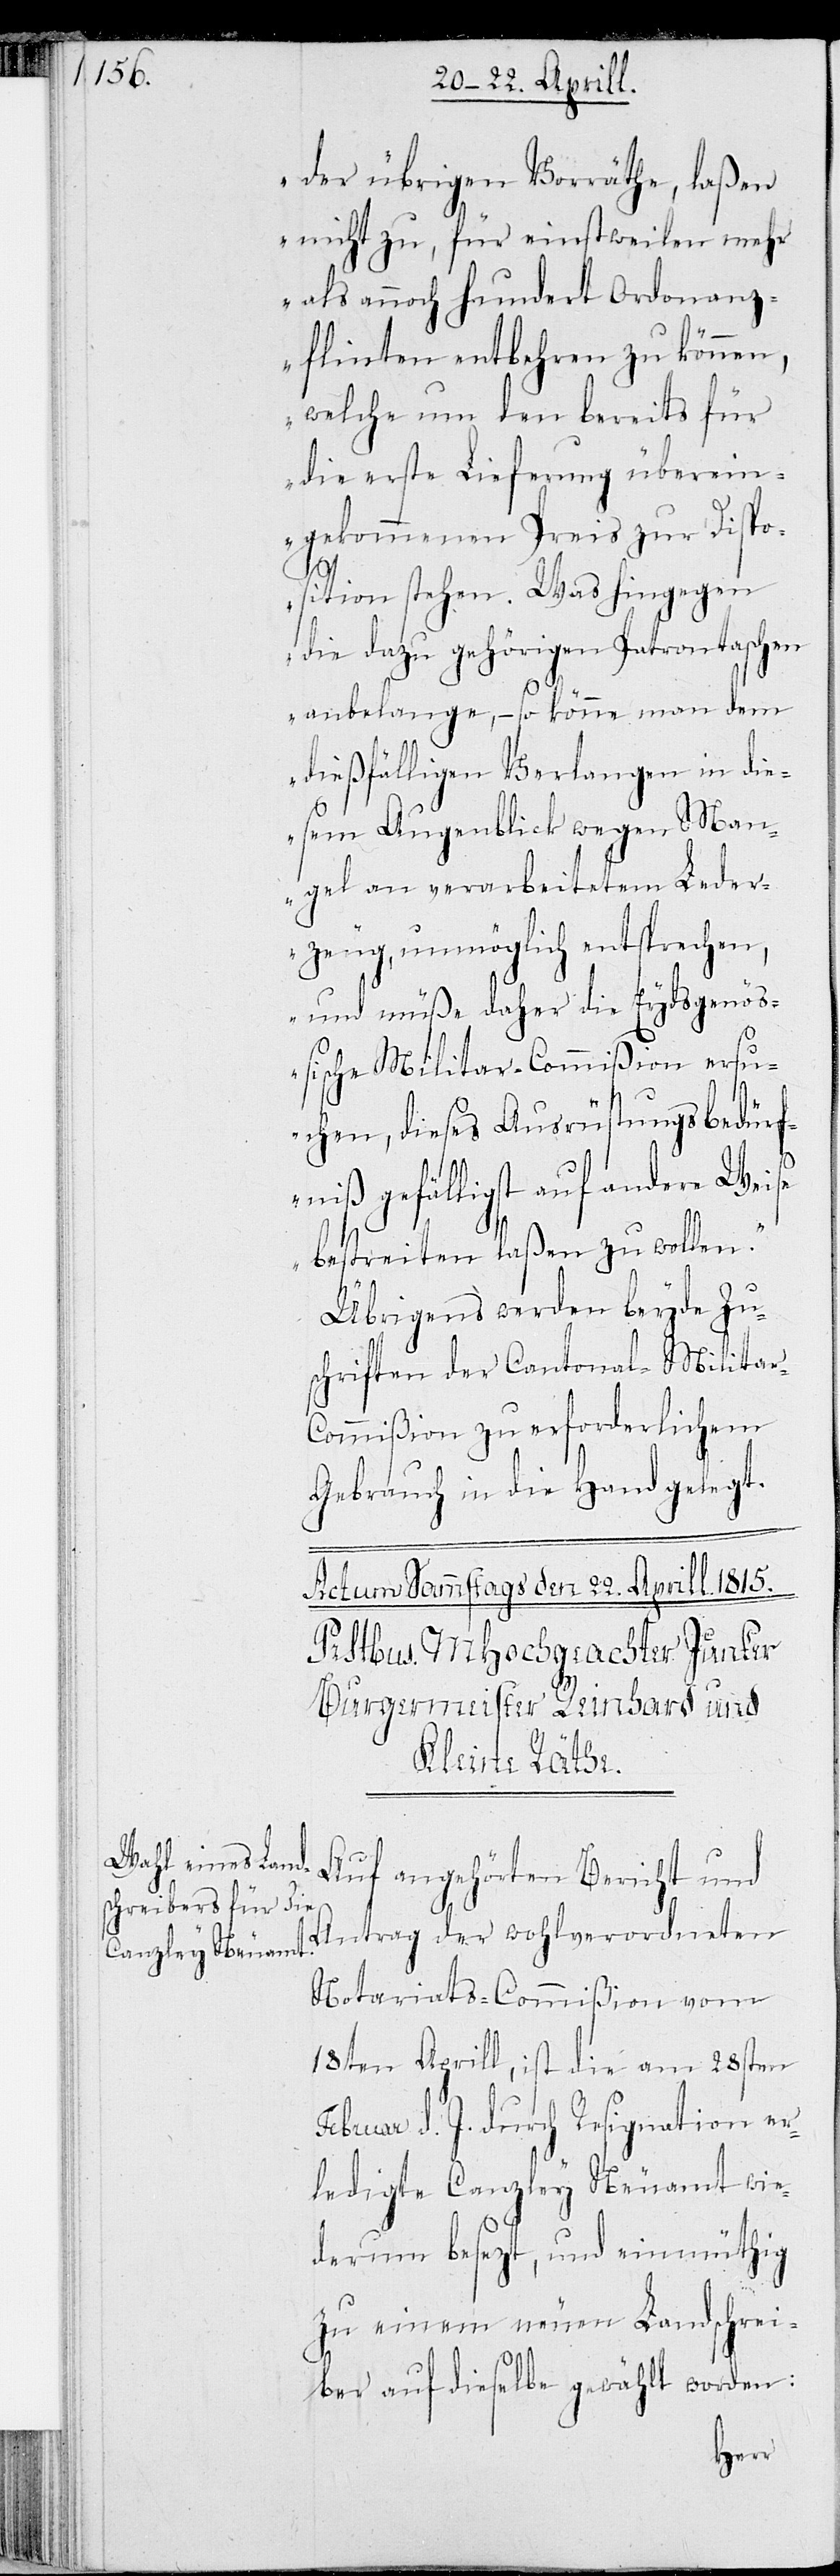
der übrigen Vorräthe, laßen
nicht zu, für einstweilen mehr
als annoch hundert Ordonanz¬
flinten entbehren zu können,
welche um den bereits für
die erste Lieferung überein¬
gekommenen Preis zur Dispo¬
sition stehen. Was hingegen
die dazu gehörigen Patrontaschen
anbelange, – so könne man dem
dießfälligen Verlangen in die¬
sem Augenblick wegen Man¬
gel an verarbeitetem Leder¬
zeug, unmöglich entsprechen,
und müße daher die Eydsgenöß¬
ischen Militar-Commißion ersu¬
chen, dieses AusrüstungsBedürf¬
niß gefälligst auf andere Weise
bestreiten laßen zu wollen.“
Übrigens werden beyde Zu¬
schriften der Cantonal-Militar-C¬
ommißion zu erforderlichem
Gebrauch in die Hand gelegt.
Auf angehörten Bericht und
Antrag der wohlverordneten
Notariats-Commißion vom
18ten Aprill, ist die am 28sten
Februar d. J. durch Resignation er¬
ledigte Canzley Neuamt wie¬
derum besezt, und einmüthig
zu einem neuen Landschrei¬
ber auf dieselbe gewählt worden: